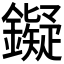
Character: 𬬔